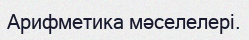
Арифметика мәселелері.